Indian Civil Veterinary Department memoirs
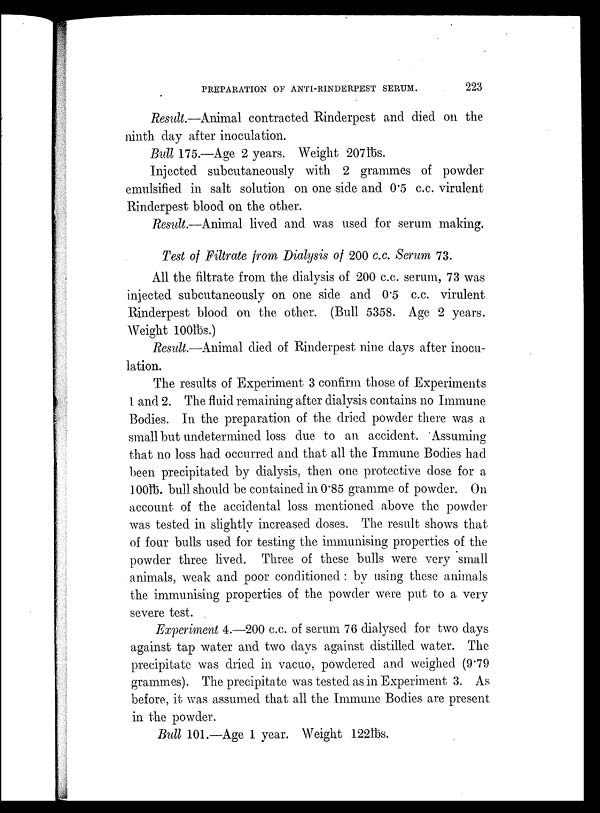
PREPARATION OF ANTI-RINDERPEST SERUM.
223
Result.—Animal contracted Rinderpest and died on the
ninth day after inoculation.
Bull 175.—Age 2 years. Weight 207lbs.
Injected subcutaneously with 2 grammes of powder
emulsified in salt solution on one side and 0.5 c.c. virulent
Rinderpest blood on the other.
Result.—Animal lived and was used for serum making,
Test of Filtrate from Dialysis of 200 c.c. Serum 73.
All the filtrate from the dialysis of 200 c.c. serum, 73 was
injected subcutaneously on one side and 0.5 c.c. virulent
Rinderpest blood on the other. (Bull 5358. Age 2 years.
Weight 100lbs.)
Result.—Animal died of Rinderpest nine days after inocu-
lation.
The results of Experiment 3 confirm those of Experiments
1 and 2. The fluid remaining after dialysis contains no Immune
Bodies. In the preparation of the dried powder there was a
small but undetermined loss due to an accident. Assuming
that no loss had occurred and that all the Immune Bodies had
been precipitated by dialysis, then one protective dose for a
1001b. bull should be contained in 0.85 gramme of powder. On
account of the accidental loss mentioned above the powder
was tested in slightly increased doses. The result shows that
of four bulls used for testing the immunising properties of the
powder three lived. Three of these bulls were very small
animals, weak and poor conditioned : by using these animals
the immunising properties of the powder were put to a very
severe test.
Experiment 4.—200 c.c. of serum 76 dialysed for two days
against tap water and two days against distilled water. The
precipitate was dried in vacuo, powdered and weighed (9.79
grammes). The precipitate was tested as in Experiment 3. As
before, it was assumed that all the Immune Bodies are present
in the powder.
Bull 101.—Age 1 year. Weight 122lbs.